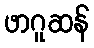
ဖာဂူဆန်